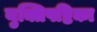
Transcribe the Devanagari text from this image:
युक्तिषष्टिका